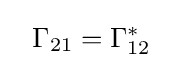
~~\Gamma _{21}=\Gamma _{12}^{*}\